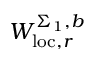
W _ { \mathrm { l o c } , r } ^ { \Sigma _ { 1 } , b }